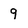
Character: 9